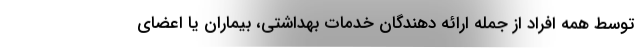
توسط همه افراد از جمله ارائه دهندگان خدمات بهداشتی، بیماران یا اعضای